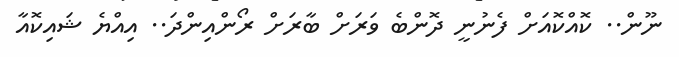
ނޫން.. ކޮއްކޮއަށް ފެނުނީ ދޮންބެ ވަރަށް ބާރަށް ރޯންއިންދަ.. އިއްޔެ ޝައިކޮއާ